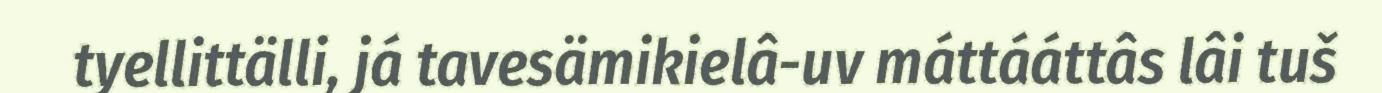
tyellittälli, já tavesämikielâ-uv máttááttâs lâi tuš